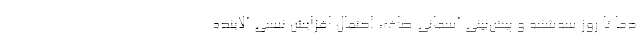
دما تا روز سه‌شنبه و پیش‌بینی آسمانی صاف، احتمال افزایش نسبی آلاینده